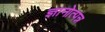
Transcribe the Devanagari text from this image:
ज्ञानोत्पन्न